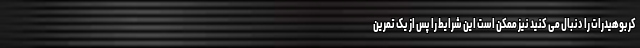
کربوهیدرات را دنبال می کنید نیز ممکن است این شرایط را پس از یک تمرین